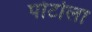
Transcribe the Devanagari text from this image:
पोर्टोला